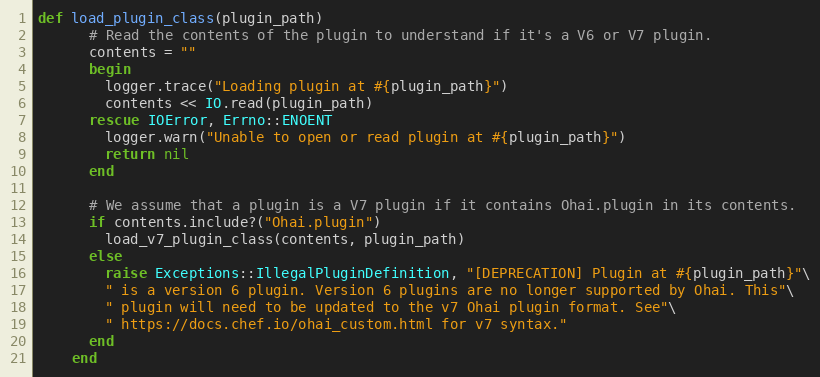
Language: Ruby
def load_plugin_class(plugin_path)
      # Read the contents of the plugin to understand if it's a V6 or V7 plugin.
      contents = ""
      begin
        logger.trace("Loading plugin at #{plugin_path}")
        contents << IO.read(plugin_path)
      rescue IOError, Errno::ENOENT
        logger.warn("Unable to open or read plugin at #{plugin_path}")
        return nil
      end

      # We assume that a plugin is a V7 plugin if it contains Ohai.plugin in its contents.
      if contents.include?("Ohai.plugin")
        load_v7_plugin_class(contents, plugin_path)
      else
        raise Exceptions::IllegalPluginDefinition, "[DEPRECATION] Plugin at #{plugin_path}"\
        " is a version 6 plugin. Version 6 plugins are no longer supported by Ohai. This"\
        " plugin will need to be updated to the v7 Ohai plugin format. See"\
        " https://docs.chef.io/ohai_custom.html for v7 syntax."
      end
    end